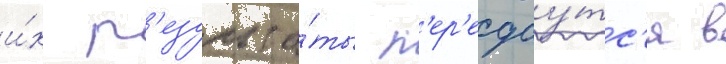
и́х р'езульта́ты п'ер'едау́тс'я в